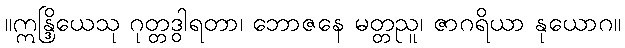
။ဣန္ဒြိယေသု ဂုတ္တဒွါရတာ၊ ဘောဇနေ မတ္တညူ၊ ဇာဂရိယာ နုယောဂ။